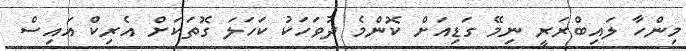
މިންހާ ލައިބްރަރީ ނިމޭ ގަޑިއަށް ކޮންމެ ދުވަހަކު ކަހަލަ ގޮތަކަށް އެރިކް އައިސް